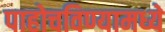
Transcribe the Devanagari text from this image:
पाहोचविण्यामध्ये